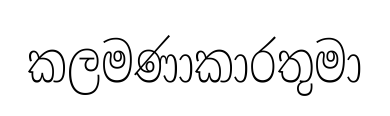
කලමණාකාරතුමා